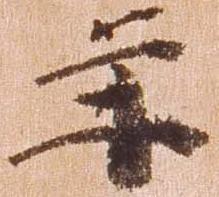
年